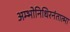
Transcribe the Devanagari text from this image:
अम्भोनिधिरनंतात्मा